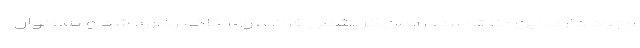
وجود دارد. این بنا توسط رومن کریشمن فرانسوی خاک‌برداری شد و به‌عنوان